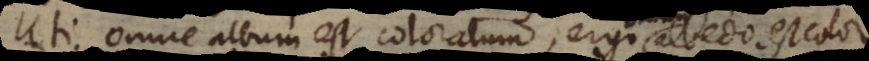
Uti omne album est coloratum, ergo albedo est colo